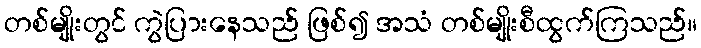
တစ်မျိုးတွင် ကွဲပြားနေသည် ဖြစ်၍ အသံ တစ်မျိုးစီထွက်ကြသည်။